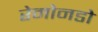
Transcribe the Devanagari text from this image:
रेमोनडो